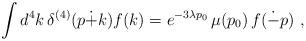
LaTeX: \begin{align*}\int d^4k \, \delta^{(4)}(p\dot{+}k)f(k)=e^{-3\lambda p_0}\, \mu(p_0) \, f(\dot{-}p) ~,\end{align*}